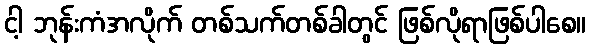
ငါ့ ဘုန်းကံအလိုက် တစ်သက်တစ်ခါတွင် ဖြစ်လိုရာဖြစ်ပါစေ။